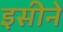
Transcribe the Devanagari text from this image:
इसीने